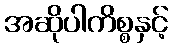
အဆိုပါကိစ္စနှင့်